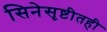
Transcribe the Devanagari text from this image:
सिनेसृष्टीतही